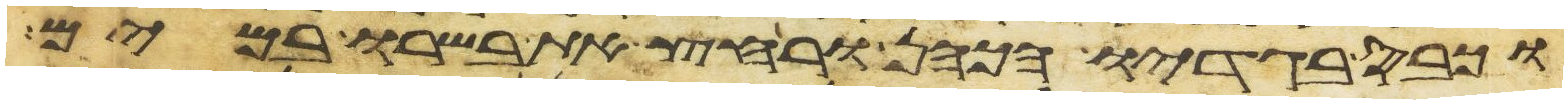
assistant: וכבס בגדיו הכהן ורחץ את בשרו במים